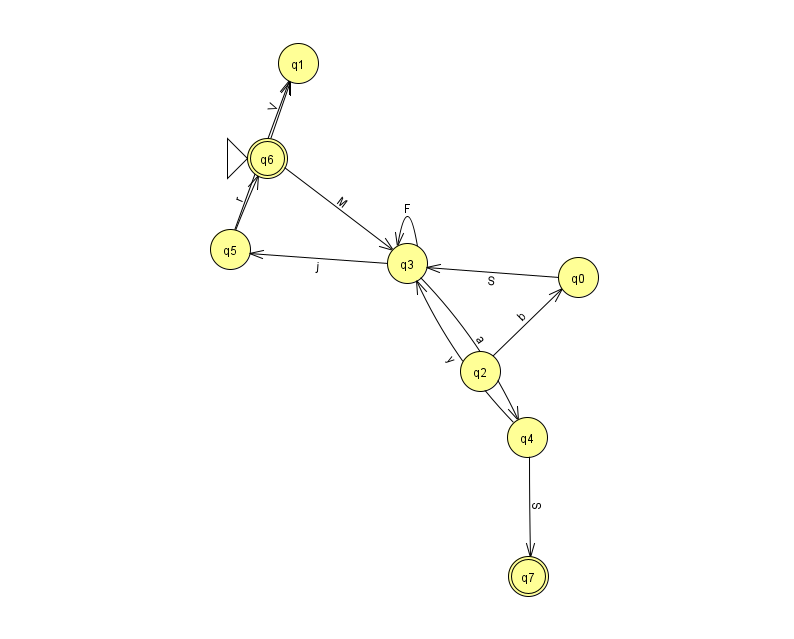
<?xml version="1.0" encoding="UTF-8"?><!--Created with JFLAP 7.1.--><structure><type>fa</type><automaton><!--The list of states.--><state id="0" name="q0"><x>578.0</x><y>264.0</y></state><state id="1" name="q1"><x>298.0</x><y>50.0</y></state><state id="2" name="q2"><x>480.0</x><y>358.0</y></state><state id="3" name="q3"><x>407.0</x><y>250.0</y></state><state id="4" name="q4"><x>527.0</x><y>424.0</y></state><state id="5" name="q5"><x>230.0</x><y>236.0</y></state><state id="6" name="q6"><x>267.0</x><y>145.0</y><initial/><final/></state><state id="7" name="q7"><x>528.0</x><y>563.0</y><final/></state><!--The list of transitions.--><transition><from>5</from><to>1</to><read>j</read></transition><transition><from>5</from><to>6</to><read>r</read></transition><transition><from>6</from><to>3</to><read>M</read></transition><transition><from>4</from><to>3</to><read>y</read></transition><transition><from>3</from><to>3</to><read>F</read></transition><transition><from>3</from><to>5</to><read>j</read></transition><transition><from>2</from><to>0</to><read>b</read></transition><transition><from>3</from><to>4</to><read>a</read></transition><transition><from>4</from><to>7</to><read>S</read></transition><transition><from>6</from><to>1</to><read>V</read></transition><transition><from>0</from><to>3</to><read>S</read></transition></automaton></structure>